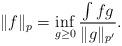
LaTeX: \begin{align*}\|f\|_p=\inf_{g\ge 0} \frac{\int fg}{\|g\|_{p'}} .\end{align*}